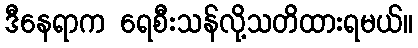
ဒီနေရာက ရေစီးသန်လို့သတိထားရမယ်။